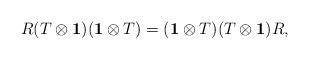
LaTeX: \begin{align*}R(T\otimes {\bf 1})({\bf 1}\otimes T)=({\bf 1}\otimes T)(T\otimes {\bf 1})R,\\\end{align*}